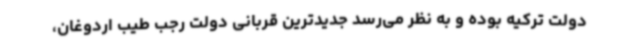
دولت ترکیه بوده و به نظر می‌رسد جدیدترین قربانی دولت رجب طیب اردوغان،